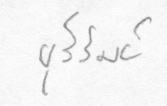
บุรีรัมย์